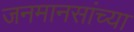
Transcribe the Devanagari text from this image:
जनमानसांच्या